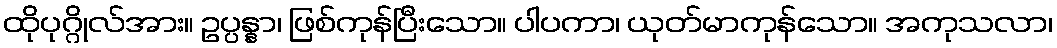
ထိုပုဂ္ဂိုလ်အား။ ဥပ္ပန္နာ၊ ဖြစ်ကုန်ပြီးသော။ ပါပကာ၊ ယုတ်မာကုန်သော။ အကုသလာ၊